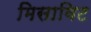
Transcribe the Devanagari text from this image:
मिसाविट